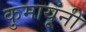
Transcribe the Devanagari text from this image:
कुमायूंनी